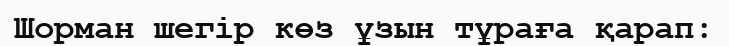
Шорман шегір көз ұзын тұраға қарап: